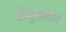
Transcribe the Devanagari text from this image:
चौमुखनाथ